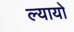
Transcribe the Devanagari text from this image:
ल्यायो